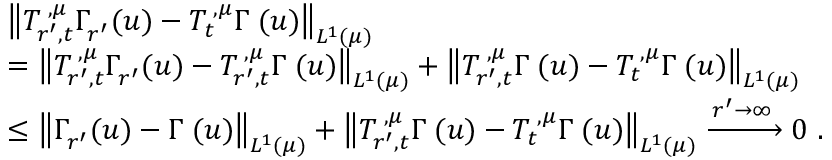
\begin{array} { r l } & { \bigl \| T _ { r ^ { \prime } , t } ^ { { \mathbf \Upsilon } , { \mu } } \Gamma _ { r ^ { \prime } } ^ { { \mathbf \Upsilon } } ( u ) - T _ { t } ^ { { \mathbf \Upsilon } , { \mu } } \Gamma ^ { { \mathbf \Upsilon } } ( u ) \bigr \| _ { L ^ { 1 } ( { \mu } ) } } \\ & { = \bigl \| T _ { r ^ { \prime } , t } ^ { { \mathbf \Upsilon } , { \mu } } \Gamma _ { r ^ { \prime } } ^ { { \mathbf \Upsilon } } ( u ) - T _ { r ^ { \prime } , t } ^ { { \mathbf \Upsilon } , { \mu } } \Gamma ^ { { \mathbf \Upsilon } } ( u ) \bigr \| _ { L ^ { 1 } ( { \mu } ) } + \bigl \| T _ { r ^ { \prime } , t } ^ { { \mathbf \Upsilon } , { \mu } } \Gamma ^ { { \mathbf \Upsilon } } ( u ) - T _ { t } ^ { { \mathbf \Upsilon } , { \mu } } \Gamma ^ { { \mathbf \Upsilon } } ( u ) \bigr \| _ { L ^ { 1 } ( { \mu } ) } } \\ & { \le \bigl \| \Gamma _ { r ^ { \prime } } ^ { { \mathbf \Upsilon } } ( u ) - \Gamma ^ { { \mathbf \Upsilon } } ( u ) \bigr \| _ { L ^ { 1 } ( { \mu } ) } + \bigl \| T _ { r ^ { \prime } , t } ^ { { \mathbf \Upsilon } , { \mu } } \Gamma ^ { { \mathbf \Upsilon } } ( u ) - T _ { t } ^ { { \mathbf \Upsilon } , { \mu } } \Gamma ^ { { \mathbf \Upsilon } } ( u ) \bigr \| _ { L ^ { 1 } ( { \mu } ) } \xrightarrow { r ^ { \prime } \to \infty } 0 \, \, \mathrm { . } } \end{array}